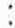
: